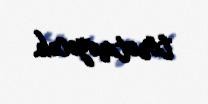
törətməyəcək.